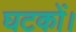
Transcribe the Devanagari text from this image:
घटकों।